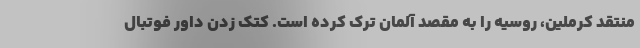
منتقد کرملین، روسیه را به مقصد آلمان ترک کرده است. کتک زدن داور فوتبال